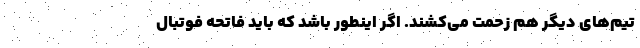
تیم‌های دیگر هم زحمت می‌کشند. اگر اینطور باشد که باید فاتحه فوتبال